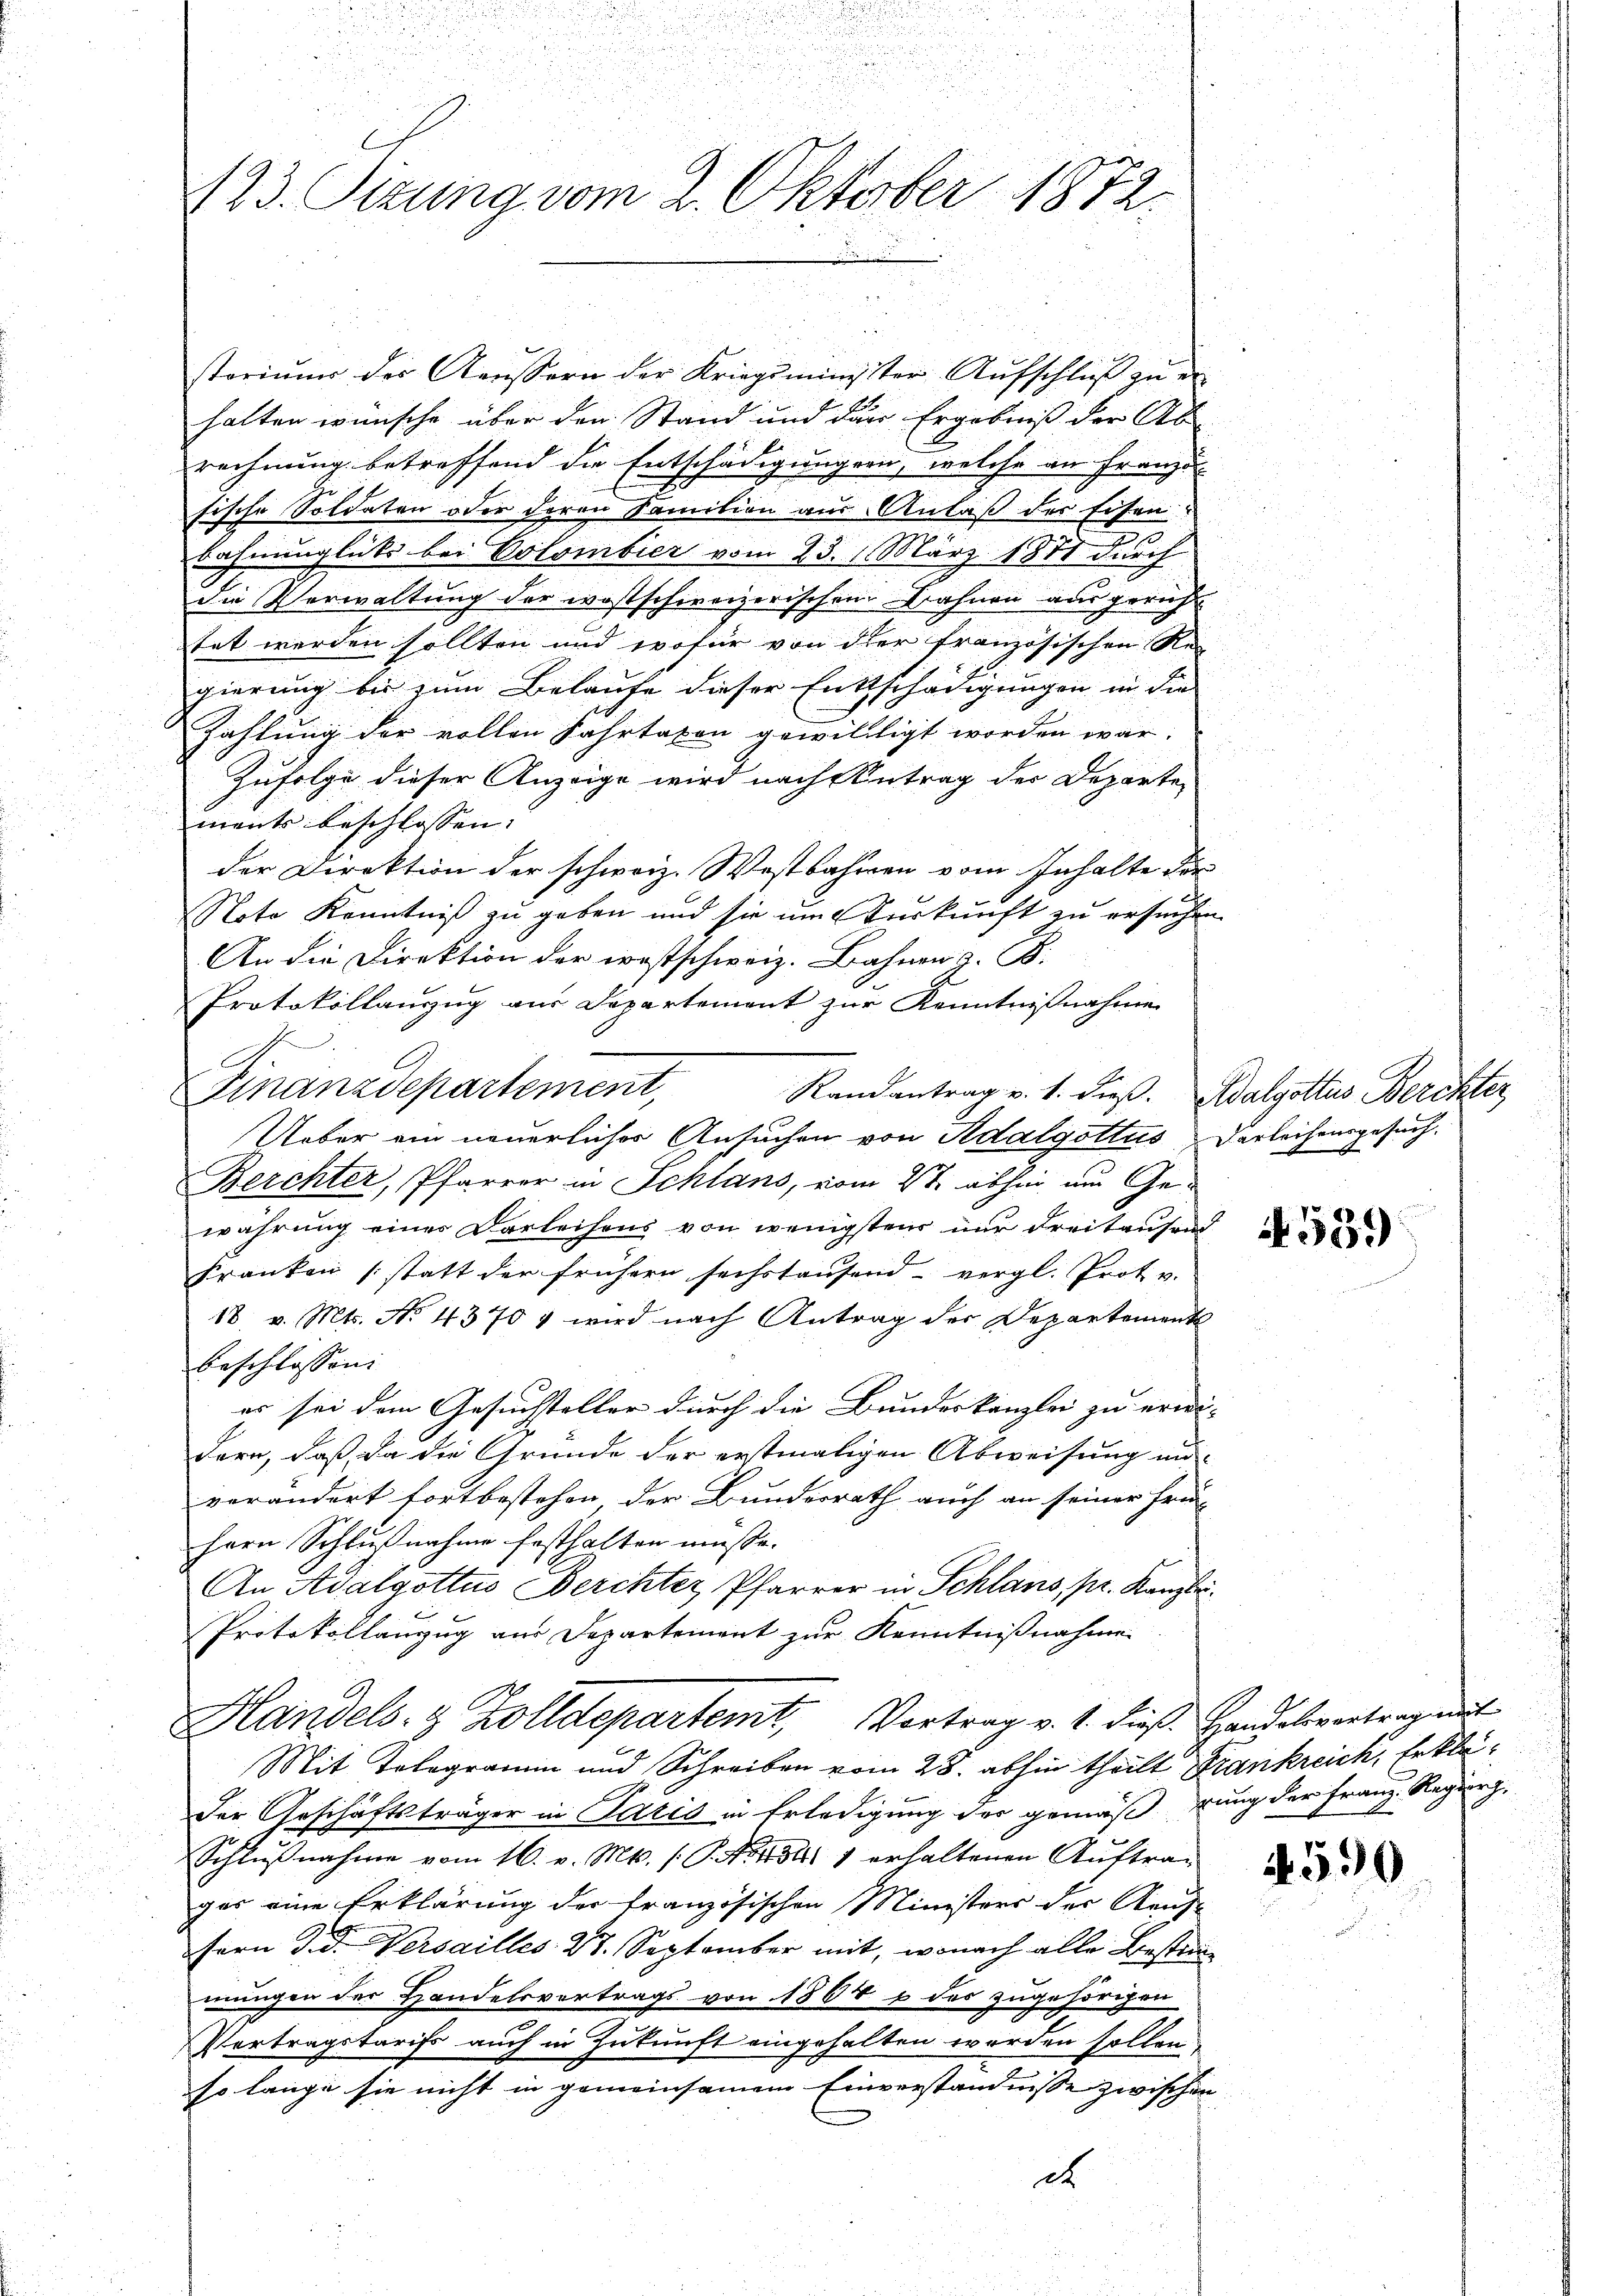
123. Setzung vom 2. Oktober 1872.

storiŭms des Kaŭsern der Kriegsminister Aŭfschlŭβ zŭ er
halten wünsche über den Stand und der Ergebniß der Ab-
rechnung betreffend die Entschädigungen, welche an Franze
sische Soldaten oder deren Samilien aus Anlaß der Eisen:
t
bahnunglücks bei Colombier vom 23. 1. März 1871 durch
die Verwaltung der wostschweizerischem Bahnen ausgericht
tet werden sollten und wofür von der französischen Re
gierung bis zum Belaufe dieser Enttschädigungen in die
Zahlung der vollen Fahrtaxen gewilligt worden war.
Zufolge dieser Anzeige wird nach Antrag der Departe
ments beschlossen:
der Direktion der schweiz. Wostbahnen vom Inhalte der
Note Kenntniß zu geben und sie um Turkunft zu ersuchen.
An die Direktion der westschweiz. Bahnen z. B.
Protokollanzug aus Departement zur Kenntnißnahme
J
Randantrag v. 1. dieß. Adalgottes Berchter,
Ueber ein neuerlicher Ansuchen von Adalgottus Verleihensgesuch.
Berchter, Pfarrer in Schlans, vom 2ten abhin um Gewährung einer Darleihens von wenigstens nur Freitausend
Franken (statt der frühern sechstausend vergl. Prot. v.
18. v. Mts. No. 4370 & wird nach Antrag der Departement
beschlossen:
es sei dem Gesuchsteller durch die Bundeskanzlei zu erwi- |
dern, daß, da die Grunde der erstmaligen Abweisung an
verändert fortbestehen der Bundesrath auch an seiner Frü
Hern Schlußnahme festhalten müsse.
An Adalgottus Berchter Pfarrer in Schlans, pr. Kanzlei.
Protokollanzug aus Departement zur Kenntnißnahme
Handels- & Zolldepartemt, Vortrag v. 1. dieß. Handelsvortragent
Mit Tologramm und Schreiben vom 28. abhin theilt Frankreich, Erklä¬
Der Geschäftsträger in Paris in Erledigung der gemäß, rung der Franz-Regier
Schlŭβnahme vom 16. v. Mts. S. 454. 1 erhaltenen Auftrag
ger eine Erklärung der französischen Ministers der Kauf-
fern d. d. Versailles 27. September mit, wonach alle Bestimmungen der Handelsvertrags von 1864 & des zugehörigen
Vertragstarifs auch in Zukunft eingehalten worden sollen
so lange sie nicht in gemeinsamem Einverständnisse zwischen
d

Finanzdepartement,

539

590